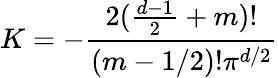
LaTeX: K=-\frac{2(\frac{d-1}{2}+m)!}{(m-1/2)!\pi^{d/2}}